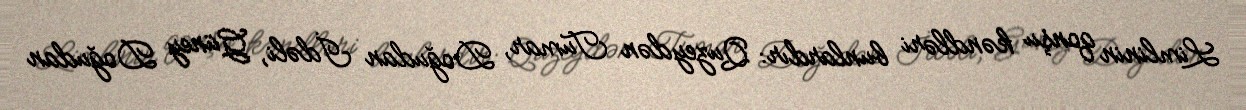
Limlinin qonşu kəndləri bunlardır: Quzeydən Tumar, Doğudan İdəli, Güney Doğudan